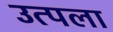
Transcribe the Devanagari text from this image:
उत्पला